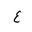
Letter: _ayn